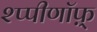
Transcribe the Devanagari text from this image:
श्प्पीणॉफ़्